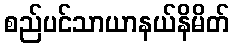
စည်ပင်သာယာနယ်နိမိတ်